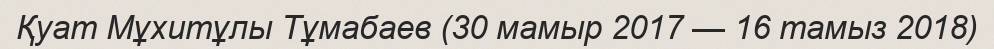
Қуат Мұхитұлы Тұмабаев (30 мамыр 2017 — 16 тамыз 2018)